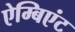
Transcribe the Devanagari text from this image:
ऐम्बिएंट